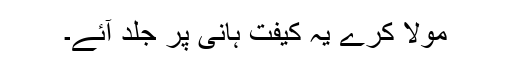
مولا کرے یہ کیفت ہانی پر جلد آئے۔